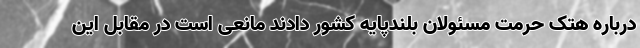
درباره هتک حرمت مسئولان بلندپایه کشور دادند مانعی است در مقابل این